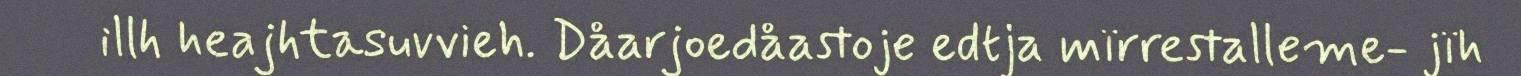
illh heajhtasuvvieh. Dåarjoedåastoje edtja mïrrestalleme- jïh